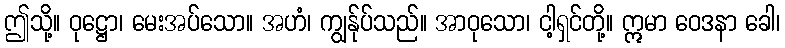
ဤသို့။ ဝုဋ္ဌော၊ မေးအပ်သော။ အဟံ၊ ကျွန်ုပ်သည်။ အာဝုသော၊ ငါ့ရှင်တို့။ ဣမာ ဝေဒနာ ခေါ၊